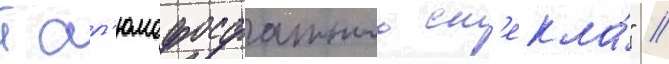
т ал'юмофосфатного ст'екла́" //